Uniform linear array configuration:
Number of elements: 12
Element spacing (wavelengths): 0.75
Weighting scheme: binomial
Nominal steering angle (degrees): -45
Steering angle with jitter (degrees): -43.867
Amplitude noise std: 0.05
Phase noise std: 0.05

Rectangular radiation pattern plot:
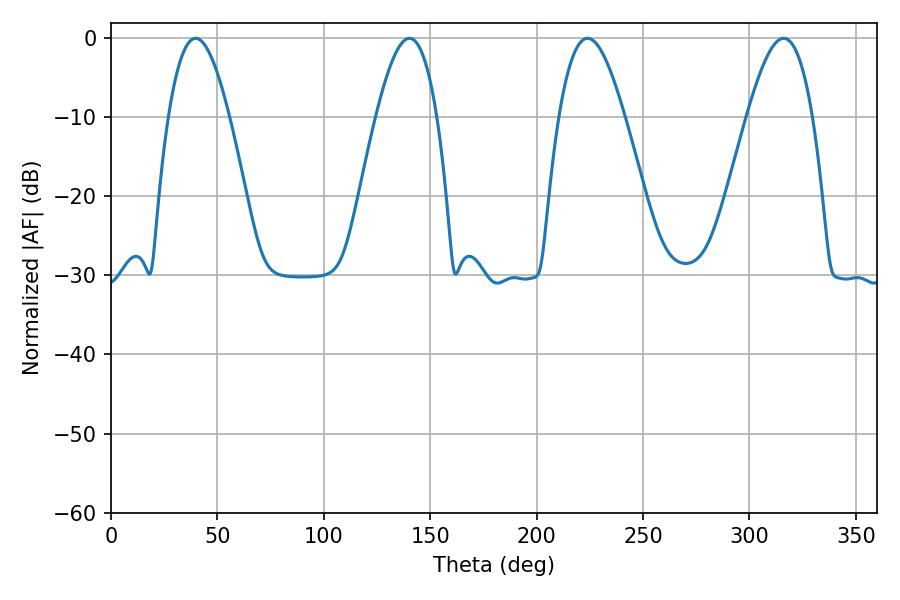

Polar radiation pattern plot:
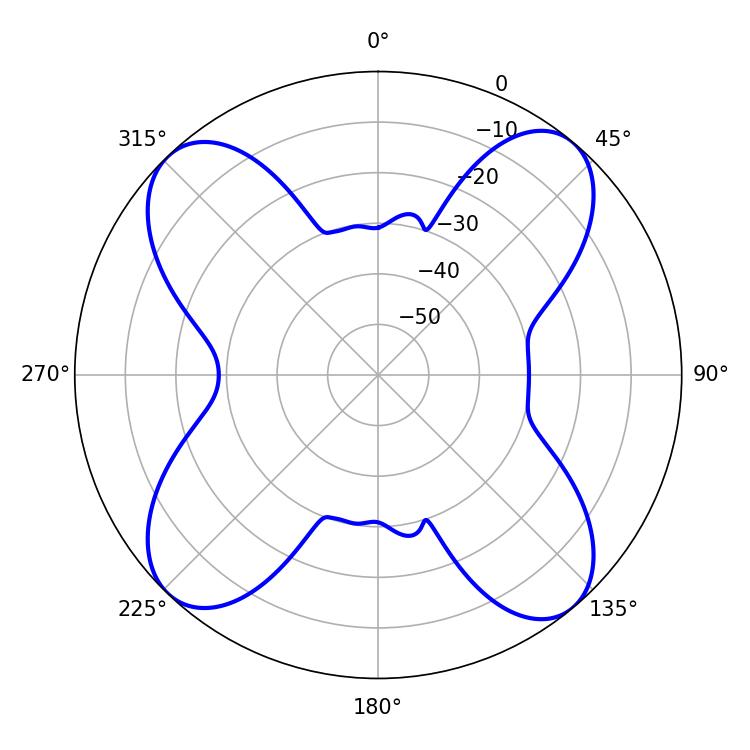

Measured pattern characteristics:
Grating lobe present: TRUE
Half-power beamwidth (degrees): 16.74
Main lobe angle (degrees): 223.92